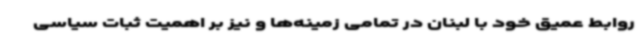
روابط عمیق خود با لبنان در تمامی زمینه‌ها و نیز بر اهمیت ثبات سیاسی